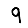
Digit: 9